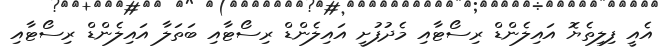
އެއީ ފިލިތެޔޮ އައިލެންޑް ރިސޯޓާއި މެދުފުށީ އައިލެންޑް ރިސޯޓާއި ބަތަލާ އައިލެންޑް ރިސޯޓާއި